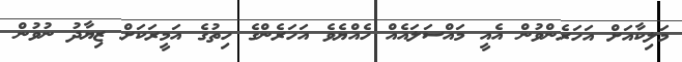
މަލިކާއަށް އަހަރެންވުން އެއީ މައްސަލައެއް ހެއްޔެވެ އަހަރެންގެ ހިތުގެ އަމީރަކަށް ޒިޔާދު ނުވުން